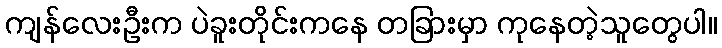
ကျန်လေးဦးက ပဲခူးတိုင်းကနေ တခြားမှာ ကုနေတဲ့သူတွေပါ။